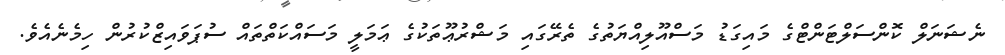
ނެޝަނަލް ކޮންސަލްޓަންޓްގެ މައިގަޑު މަސްއޫލިއްޔަތުގެ ތެރޭގައި މަޝްރުޢޫތަކުގެ ޢަމަލީ މަސައްކަތްތައް ސުޕަވައިޒްކުރުން ހިމެނެއެވެ.